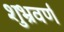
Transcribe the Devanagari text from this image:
शुभ्रवर्ण